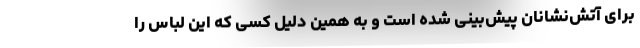
برای آتش‌نشانان پیش‌بینی شده است و به همین دلیل کسی که این لباس را